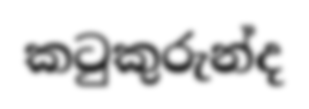
කටුකුරුන්ද